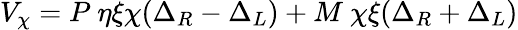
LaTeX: V_{\chi}=P~\eta\xi\chi(\Delta_{R}-\Delta_{L})+M~\chi\xi(\Delta_{R}+\Delta_{L})